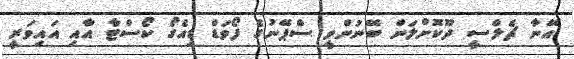
އޭނާ ޗެލްސީ ދޫކޮށްލަން ބޭނުންވީ ސްޕޭނުގެ ފޯވަޑް ޑިއެގޯ ކޯސްޓާ އާއި އައިވަރީ